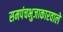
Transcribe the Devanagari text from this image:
समपंचभुजाकारवाले